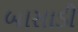
બાસાડી